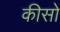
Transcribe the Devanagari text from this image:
कीसो